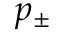
p _ { \pm }